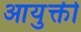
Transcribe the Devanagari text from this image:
आयुक्ती